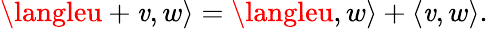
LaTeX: \langleu+\mathit{v},w\rangle=\langleu,w\rangle+\langle\mathit{v},w\rangle.